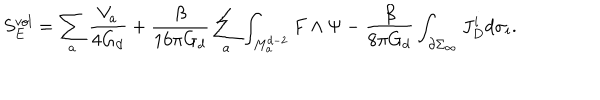
LaTeX: S _ { E } ^ { v o l } = \sum _ { a } \frac { V _ { a } } { 4 G _ { d } } + \frac { \beta } { 1 6 \pi G _ { d } } \sum _ { a } \int _ { M _ { a } ^ { d - 2 } } F \wedge \Psi - \frac { \beta } { 8 \pi G _ { d } } \int _ { \partial \Sigma _ { \infty } } J _ { D } ^ { i } d \sigma _ { i } .